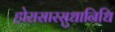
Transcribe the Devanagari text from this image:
होरासारसुधानिधि